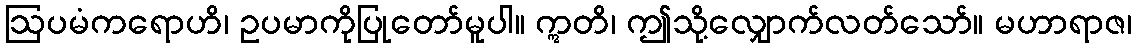
ဩပမံကရောဟိ၊ ဥပမာကိုပြုတော်မူပါ။ ဣတိ၊ ဤသို့လျှောက်လတ်သော်။ မဟာရာဇ၊